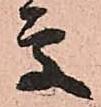
更